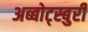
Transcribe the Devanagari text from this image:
अब्बोट्स्बुरी